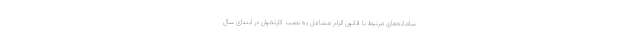
سامانه‌های مرتبط با قانون الزام مشاغل به نصب کارتخوان در ابتدای سال